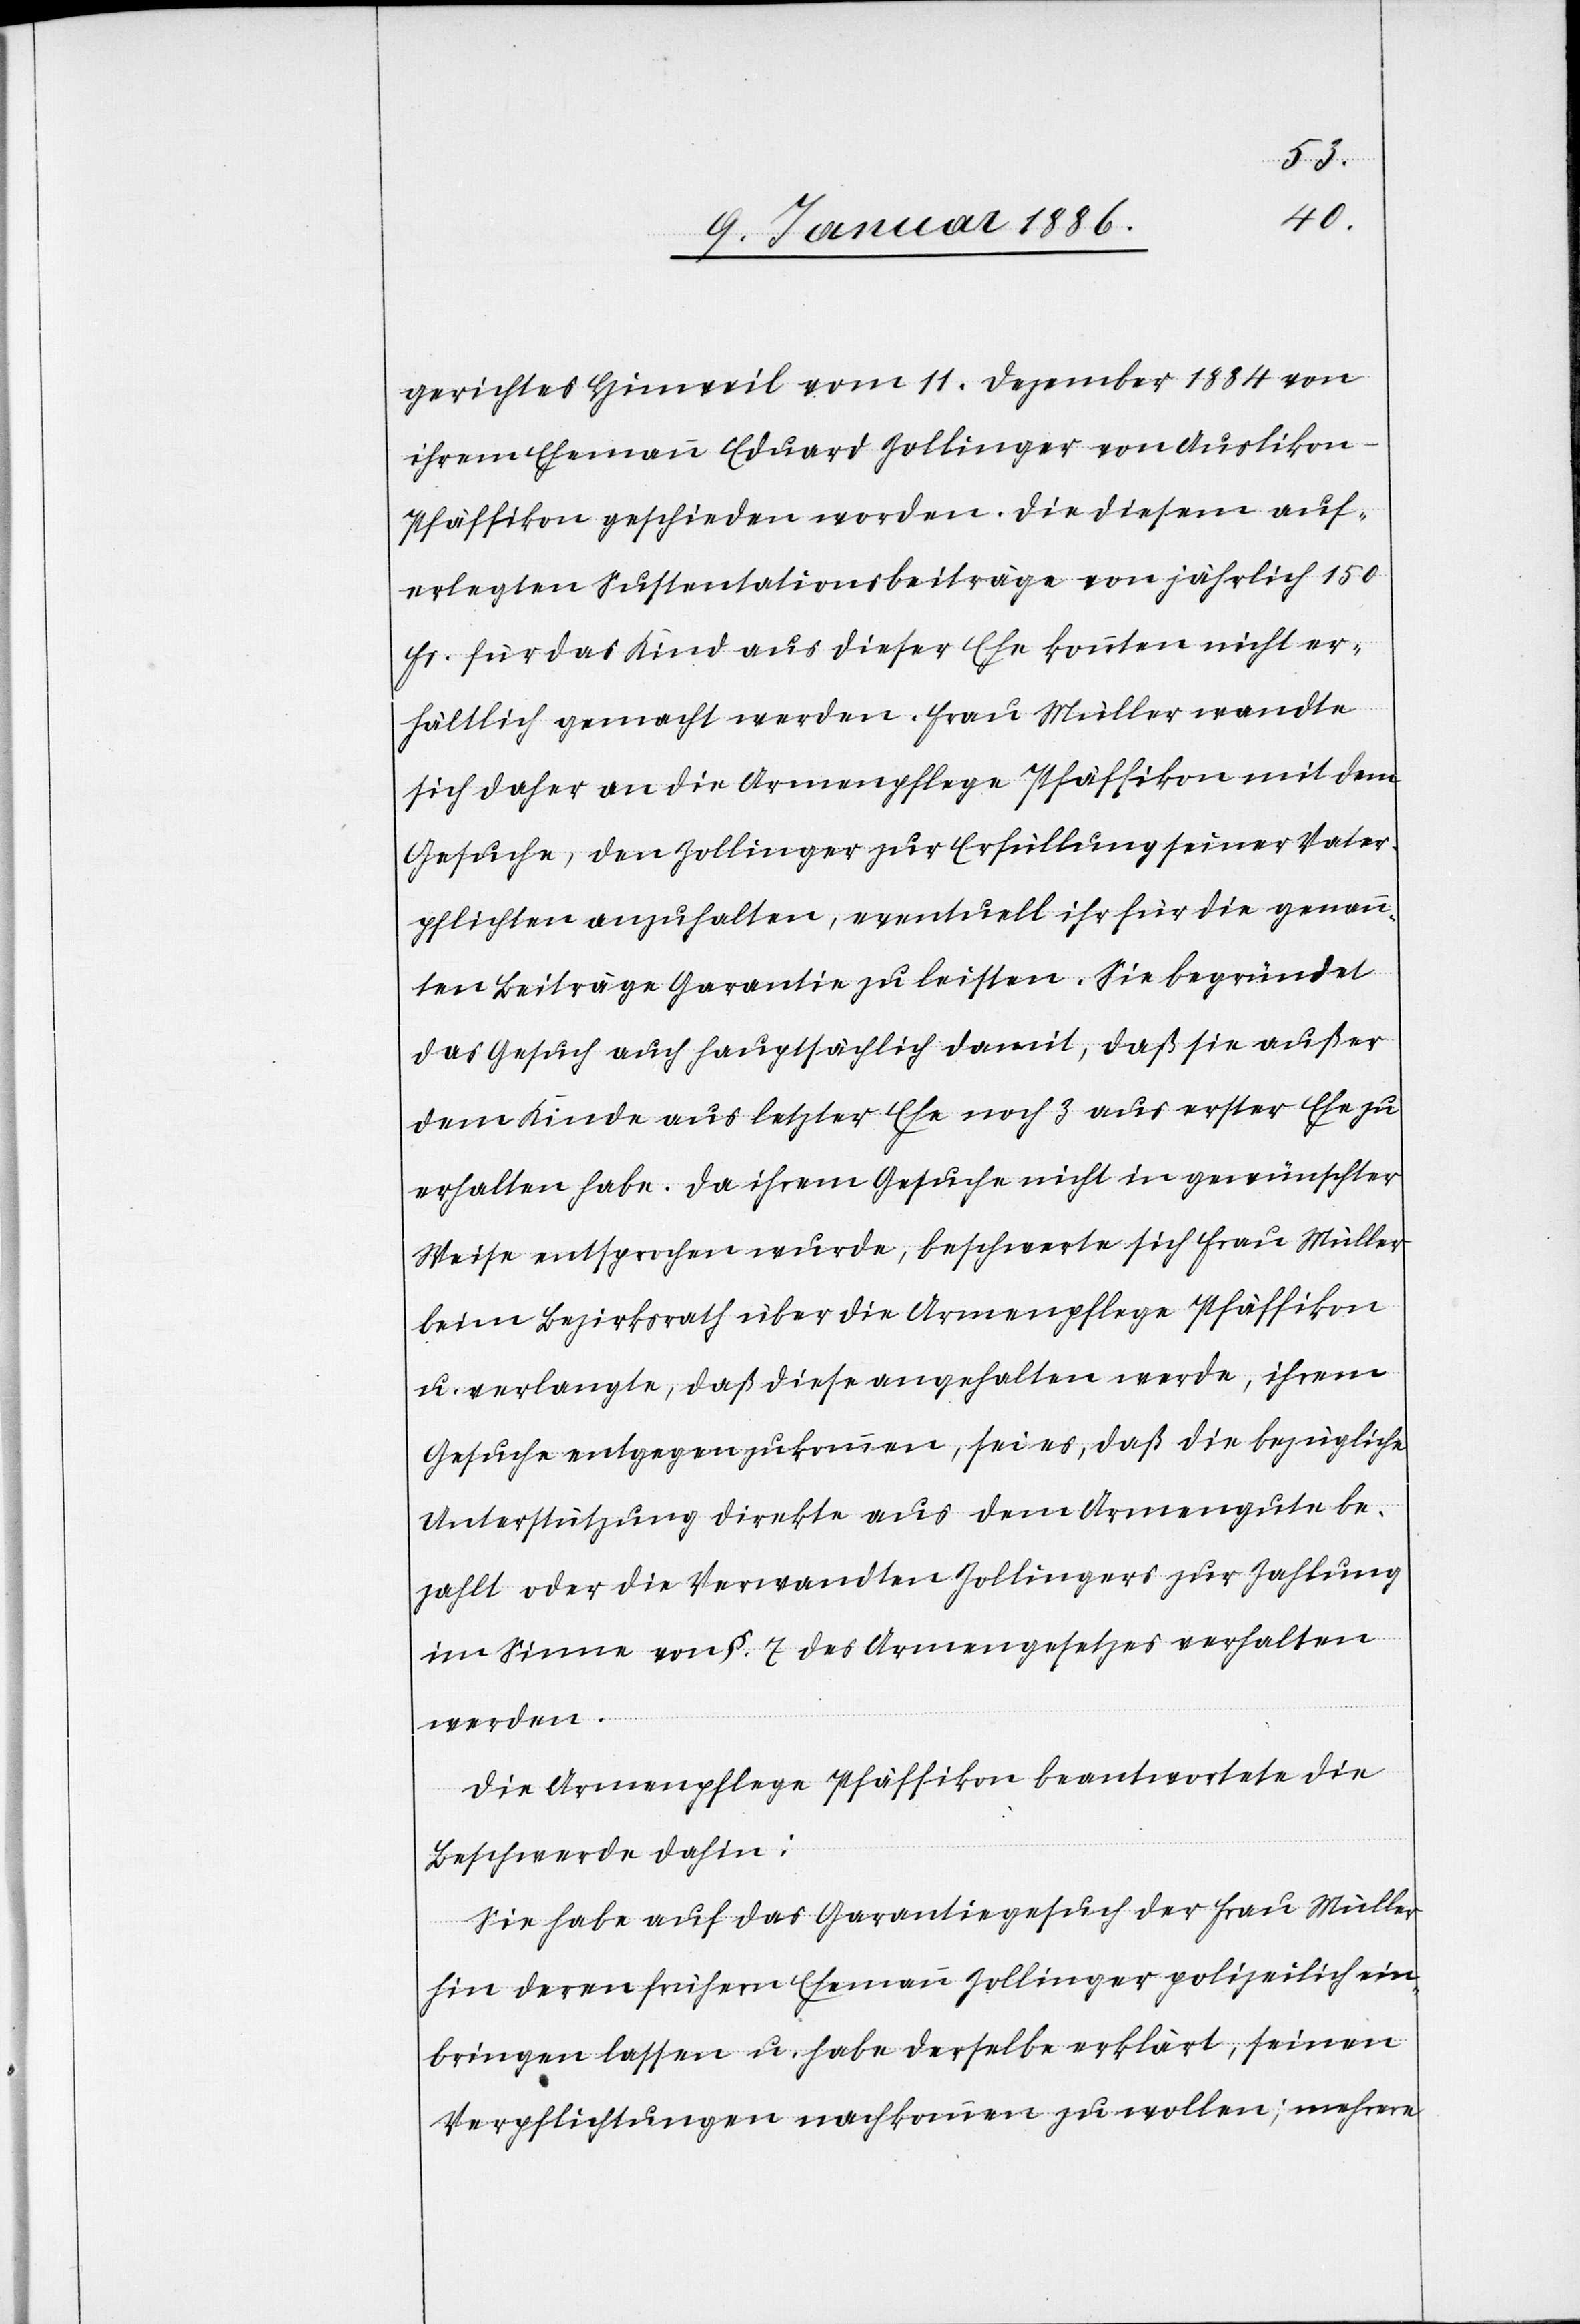
gerichtes Hinweil vom 11. Dezember 1884 von
ihrem Ehemann Eduard Zollinger von Auslikon
Pfäffikon geschieden worden. Die diesem auf¬
erlegten Sustentationsbeiträge von jährlich 150
Fr. für das Kind aus dieser Ehe konnten nicht er¬
hältlich gemacht werden. Frau Müller wandte
sich daher an die Armenpflege Pfäffikon mit dem
Gesuche, den Zollinger zur Erfüllung seiner Vater¬
pflichten anzuhalten, eventuell ihr für die genann¬
ten Beiträge Garantie zu leisten. Sie begründet
das Gesuch auch hauptsächlich damit, daß sie außer¬
dem Kinde aus letzter Ehe noch 3 aus erster Ehe zu
erhalten habe. Da ihrem Gesuche nicht in gewünschter
Weise entsprochen wurde, beschwerte sich Frau Müller
beim Bezirksrath über die Armenpflege Pfäffikon
u. verlangte, daß diese angehalten werde, ihrem
Gesuche entgegen zukommen, sei es, daß die bezügliche
Unterstützung direkt aus dem Armengute be¬
zahlt oder die Verwandten Zollingers zur Zahlung
im Sinne von § 7 des Armengesetzes verhalten
werden.
Die Armenpflege Pfäffikon beantwortet die
Beschwerde dahin:
Sie habe auf das Garantiegesuch der Frau Müller
hin deren frühern Ehemann Zollinger polizeilich ein¬
bringen lassen u. habe derselbe erklärt, seinen
Vaterpflichten nachkommen zu wollen; mehrere